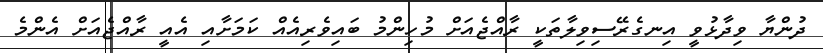
ދުންޔާ ވިދާޅުވީ އިނގެރޭސިވިލާތަކީ ރާއްޖެއަށް މުހިންމު ބައިވެރިއެއް ކަމަށާއި އެއީ ރާއްޖެއަށް އެންމެ